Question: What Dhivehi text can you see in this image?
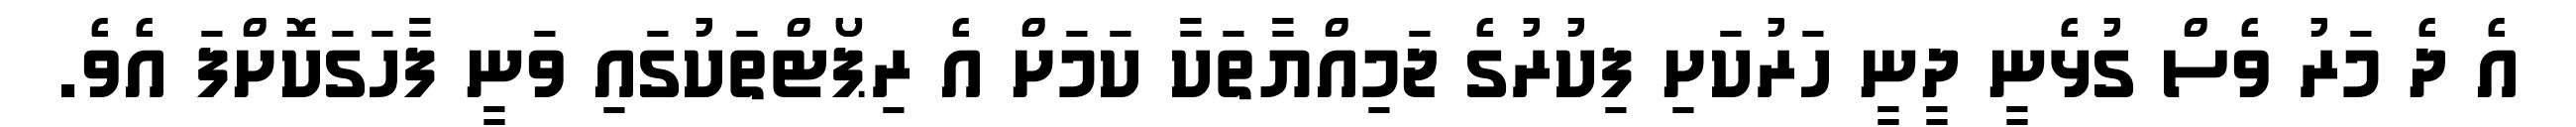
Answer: އެ ދެ މަރު ވެސް ގުޅެނީ ދީނީ ހަރުކަށި ފިކުރުގެ ޖަމިއްޔާތަކާ ކަމަށް އެ ރިޕޯޓްތަކުގައި ވަނީ ފާހަގަކޮށްފަ އެވެ.